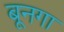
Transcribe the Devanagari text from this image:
बूनगा